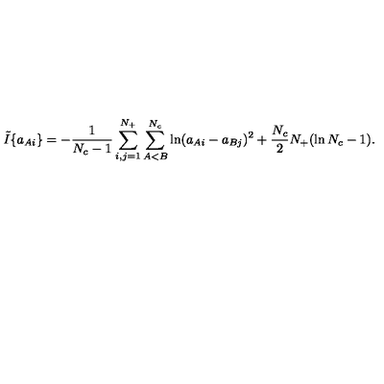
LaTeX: \tilde { I } \{ a _ { A i } \} = - \frac { 1 } { N _ { c } - 1 } \sum _ { i , j = 1 } ^ { N _ { + } } \sum _ { A < B } ^ { N _ { c } } \ln ( a _ { A i } - a _ { B j } ) ^ { 2 } + \frac { N _ { c } } { 2 } N _ { + } ( \ln N _ { c } - 1 ) .